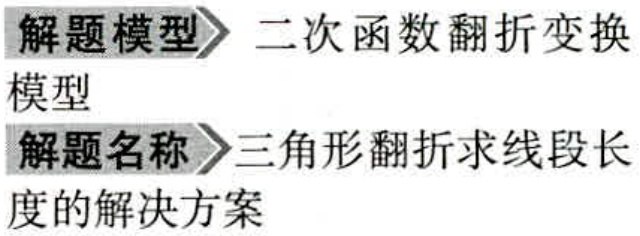
解题模型> 二次函数翻折变换
模型
解题名称> 三角形翻折求线段长
度的解决方案